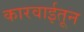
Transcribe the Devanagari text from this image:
कारवाईतून